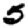
Digit: 5